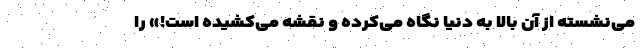
می‌نشسته از آن بالا به دنیا نگاه می‌کرده و نقشه می‌کشیده است!» را